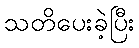
သတိပေးခဲ့ပြီး